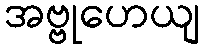
အဗ္ဗုဟေယျ